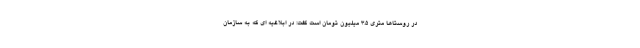
در روستاها متری ۳.۵ میلیون تومان است گفت: در ابلاغیه ای که به سازمان